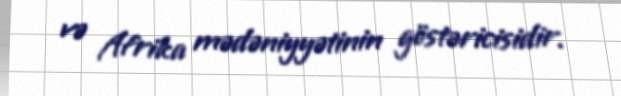
və Afrika mədəniyyətinin göstəricisidir.